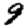
Digit: 9